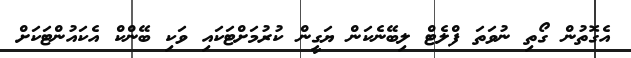
އެގޮތުން ގޯތި ނުވަތަ ފްލެޓް ލިބޭނެކަން ޔަގީން ކުރުމަށްޓަކައި ވަކި ބޭންކް އެކައުންޓަކަށް